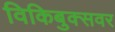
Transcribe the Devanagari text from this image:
विकिबुक्सवर